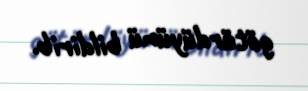
götürdüyünü bildirib.